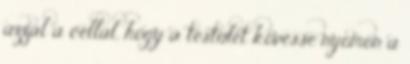
azzal a céllal, hogy a testület kövesse nyomon a